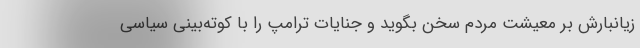
زیانبارش بر معیشت مردم سخن بگوید و جنایات ترامپ را با کوته‌بینی سیاسی